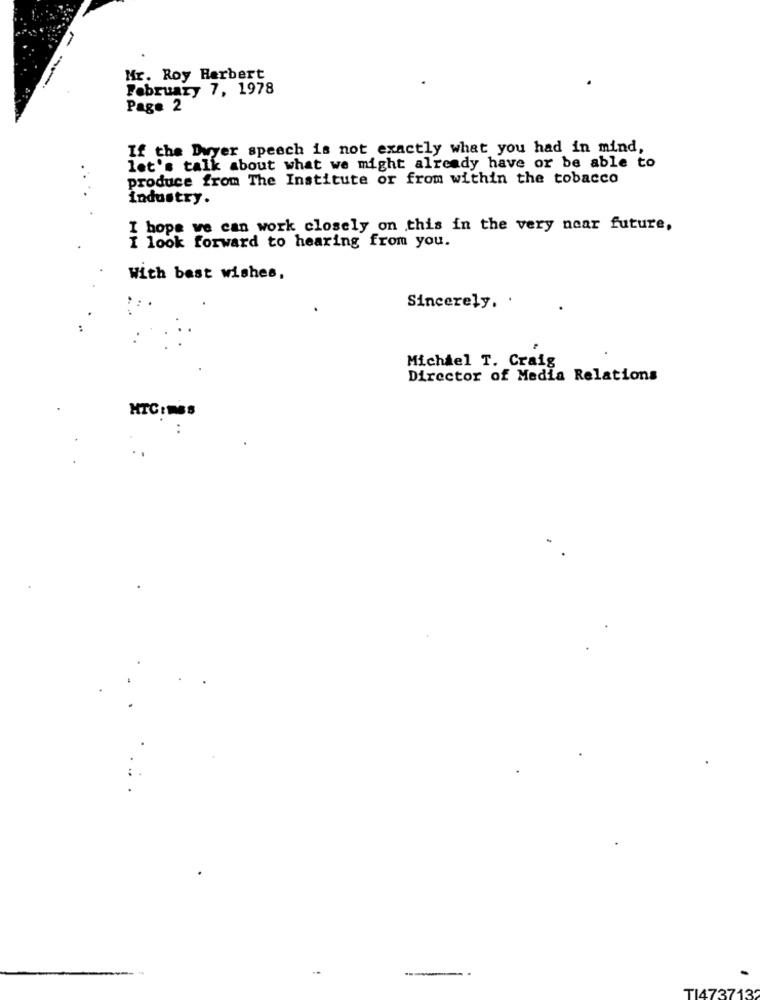
---.
Mr. Roy Herbert
February 7, 1978
Page 2
If the Dwyer speech is not exactly what you had in mind,
let's talk about what we might already have or be able to
produce from The Institute or from within the tobacco
industry.
I hope we can work closely on this in the very near future,
I look forward to hearing from you.
With best wishes,
Sincerely, .
Michiel T. Craig
Director of Media Relations
HTCIm68
. .
TI4737132